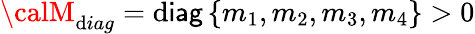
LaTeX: {\calM}_{\mathrm{d}iag}={\sf\mathrm{d}iag}\left\{ m_{1},m_{2},m_{3},m_{4}\right\} >0